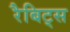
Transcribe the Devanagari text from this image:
रैबिट्स